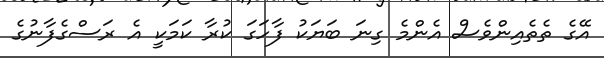
އޭގެ ތެތެއިންވެސް އެންމެ ގިނަ ބަޔަކު ފާހަގަ ކުރާ ކަމަކީ އެ ރަސްގެފާނުގެ